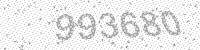
Solution: 993680